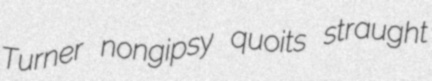
Turner nongipsy quoits straught